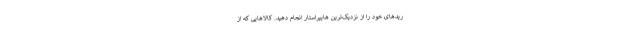
ریدهای خود را از نزدیک‌ترین هایپراستار انجام دهید. کالاهایی که از